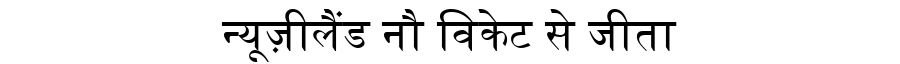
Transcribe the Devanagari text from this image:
न्यूज़ीलैंड नौ विकेट से जीता